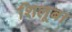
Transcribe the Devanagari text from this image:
शिलूबा